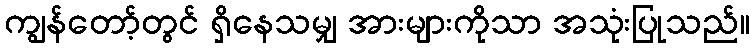
ကျွန်တော့်တွင် ရှိနေသမျှ အားများကိုသာ အသုံးပြုသည်။